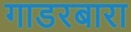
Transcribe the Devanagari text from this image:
गाडरबारा